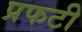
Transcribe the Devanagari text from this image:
प्रफटी